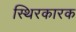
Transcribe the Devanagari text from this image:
स्थिरकारक